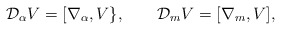
\begin{align*}{\cal D}_\alpha V=[\nabla_\alpha,V\}, \qquad{\cal D}_mV=[\nabla_m,V],\end{align*}